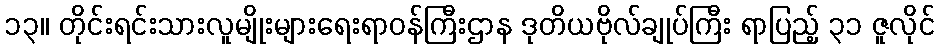
၁၃။ တိုင်းရင်းသားလူမျိုးများရေးရာဝန်ကြီးဌာန ဒုတိယဗိုလ်ချုပ်ကြီး ရာပြည့် ၃၁ ဇူလိုင်